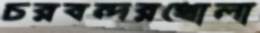
চরবন্দরখোলা